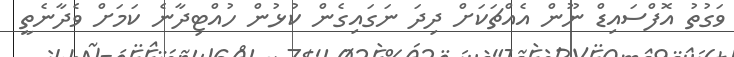
ވަގުތު އޮފްސައިޑް ނޫން އެއްޗަކަށް ދިދަ ނަގައިގެން ކުޅުން ހުއްޓިދާނެ ކަމަށް ވެދާނެތީ